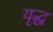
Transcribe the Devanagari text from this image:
यृद्ध